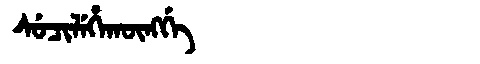
Manchu: ᠰᡠᠴᡳᠯᡝᡥᠠᡴᡡᠩᡤᡝ
Romanization: SUCILEHAKŪNGGE